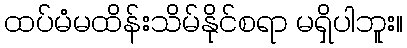
ထပ်မံမထိန်းသိမ်နိုင်စရာ မရှိပါဘူး။